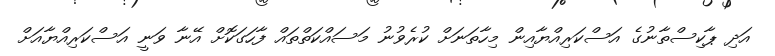
އަދި ޕާކިސްތާނުގެ އަސްކަރިއްޔާއިން މިހާތަނަށް ކުރެވުނު މަސައްކަތްތައް ފާހަގަކޮށް އޭނާ ވަނީ އަސްކަރިއްޔާއަށް